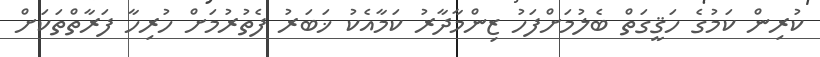
ކުރިން ކަމުގެ ހަޤީގަތް ބެލުމަށްފަހު ޒިންމާދާރު ކަމާއެކު ޚަބަރު ފެތުރުމަށް ހުރިހާ ފަރާތްތަކަށް